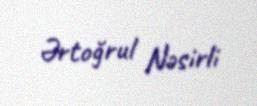
Ərtoğrul Nəsirli